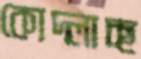
কোদ্‌লাচ্ছ